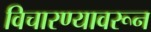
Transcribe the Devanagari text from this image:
विचारण्यावरून